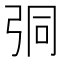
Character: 𢏕